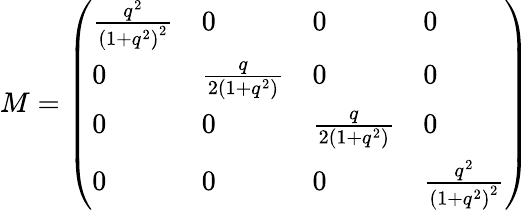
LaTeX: M=\left(\begin{array}{llll}{{{\frac{{q^{2}}}{{{\left(1+{q^{2}}\right)}^{2}}}}}}&{{0}}&{{0}}&{{0}}\\ {{0}}&{{{\frac{{q}}{{{2\left(1+{q^{2}}\right)}}}}}}&{{0}}&{{0}}\\ {{0}}&{{0}}&{{{\frac{{q}}{{{2\left(1+{q^{2}}\right)}}}}}}&{{0}}\\ {{0}}&{{0}}&{{0}}&{{{\frac{{q^{2}}}{{{\left(1+{q^{2}}\right)}^{2}}}}}}\end{array}\right)